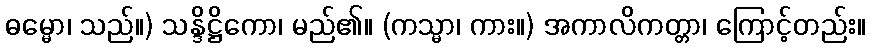
ဓမ္မော၊ သည်။) သန္ဒိဋ္ဌိကော၊ မည်၏။ (ကသ္မာ၊ ကား။) အကာလိကတ္တာ၊ ကြောင့်တည်း။